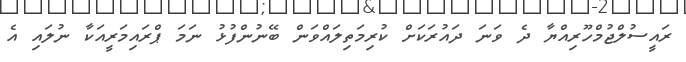
ރައީސުލްޖުމްހޫރިއްޔާ ދެ ވަނަ ދައުރަކަށް ކުރިމަތިލައްވަން ބޭނުންފުޅު ނަމަ ޕްރައިމަރީއަކާ ނުލައި އެ